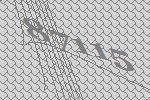
87115